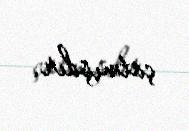
çatmışdır.